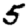
Digit: 5